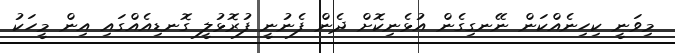
މިވަނީ ކިހިނެއްކަން ނޭނގިގެން އުޅެނިކޮށް ދެން ފެނުނީ ފުރޮޅުލީ ގޮނޑިއެއްގައި އިން މީހަކު